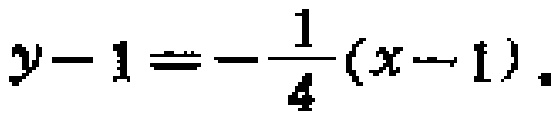
\(y - 1 = -\frac{1}{4}(x - 1)\)